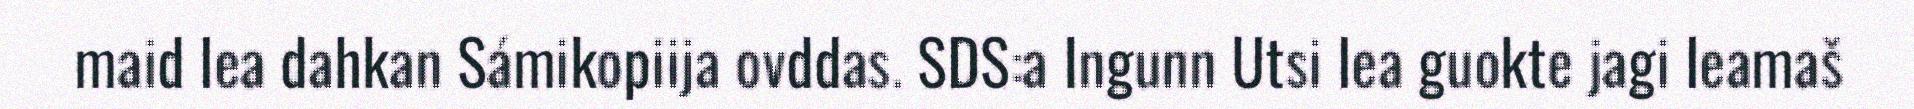
maid lea dahkan Sámikopiija ovddas. SDS:a Ingunn Utsi lea guokte jagi leamaš